Civil Veterinary Dept. North-West Frontier Province 1933-46 - 1933-1946
Year: 1933
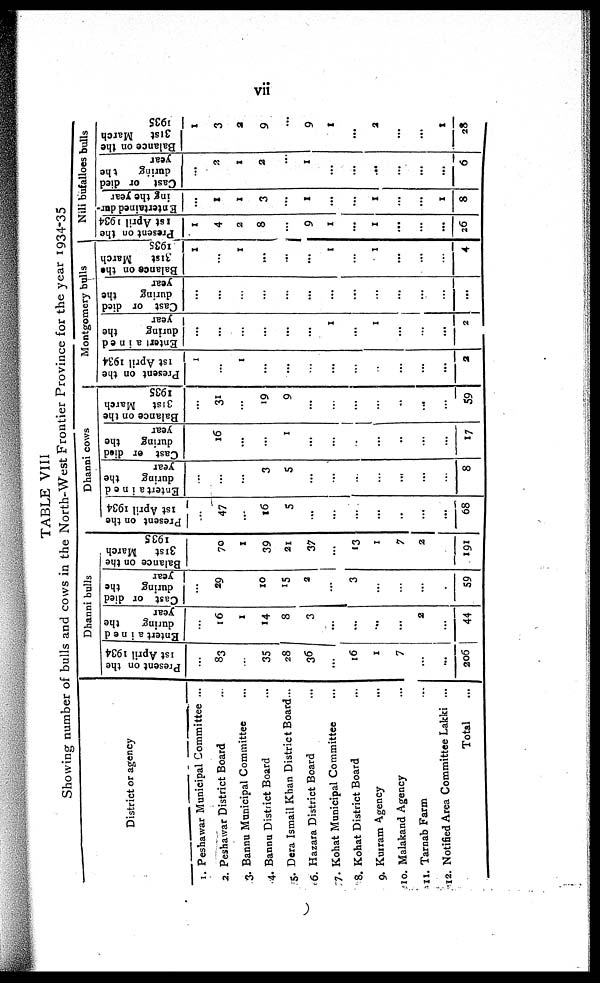
vii
TABLE VIII
Showing number of bulls and cows in the North-West Frontier Province for the year 1934-35
District or agency
1. Peshawar Municipal Committee ...
2. Peshawar District Board ...
3. Bannu Municipal Committee ...
4. Bannu District Board ...
5. Dera Ismail Khan District Board...
6. Hazara District Board ...
7. Kohat Municipal Committee ...
8. Kohat District Board ...
9. Kurram Agency ...
10. Malakand Agency ...
11. Tarnab Farm ...
12. Notified Area Committee Lakki ...
Total ...
Dhanni bulls
Present on the
1st April 1934
...
83
...
35
28
36
...
16
1
7
...
...
206
Entertained
during
the
year
...
16
1
14
8
3
...
...
...
...
2
...
44
Cast or died
during
the
year
...
29
...
10
15
2
...
3
...
...
...
...
59
Balance on the
31st
March
1935
...
70
1
39
21
37
...
13
1
7
2
...
191
Dhanni cows
Present on the
1st April 1934
...
47
...
16
5
...
...
...
...
..
...
...
68
Entertained
during
the
year
...
...
...
3
5
...
...
...
...
...
...
...
8
Cast or died
during
the
year
...
16
...
...
1
...
...
...
...
..
...
...
17
Balance on the
31st
March
1935
...
31
...
19
9
...
...
...
...
..
...
...
59
Montgomery bulls
Present on the
1st April 1934
1
...
1
...
...
...
...
...
...
...
...
...
2
Entertained
during
the
year
...
...
...
...
...
...
1
...
1
...
...
...
2
Cast or died
during
the
year
...
...
...
...
...
...
...
...
...
...
...
...
...
Balance on the
31st
March
1935
1
...
1
...
...
...
1
...
1
...
...
...
4
Nili bufalloes bulls
Present on the
1st
April 1934
1
4
2
8
...
9
1
...
1
...
...
...
26
Entertained dur-
ing the year
...
1
1
3
...
1
...
...
1
...
...
1
8
Cast or died
during
the
year
...
2
1
2
...
1
...
...
...
...
...
...
6
Balance on the
31st
March
1935
1
3
2
9
...
9
1
...
2
...
...
1
28